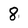
Character: 8